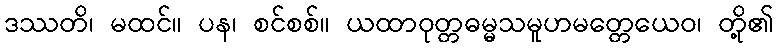
ဒဿတိ၊ မထင်။ ပန၊ စင်စစ်။ ယထာဝုတ္တဓမ္မသမူဟမတ္တေယေဝ၊ တို့၏